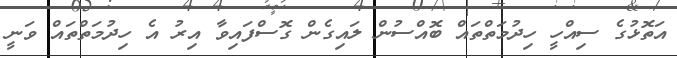
އަތޮޅުގެ ސިއްހީ ހިދުމަތްތައް ބޮއްސުން ލައިގެން ގޮސްފައިވާ އިރު އެ ހިދުމަތްތައް ވަނީ